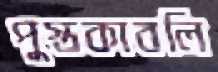
পুস্তকাবলি